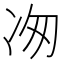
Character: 𭂉